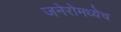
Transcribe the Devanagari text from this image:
जनेरोमध्येच